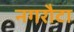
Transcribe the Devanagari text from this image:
नगरौटा